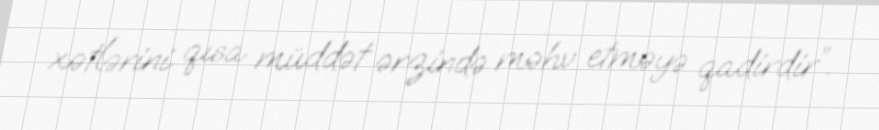
xətlərini qısa müddət ərzində məhv etməyə qadirdir”.